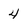
Character: 4